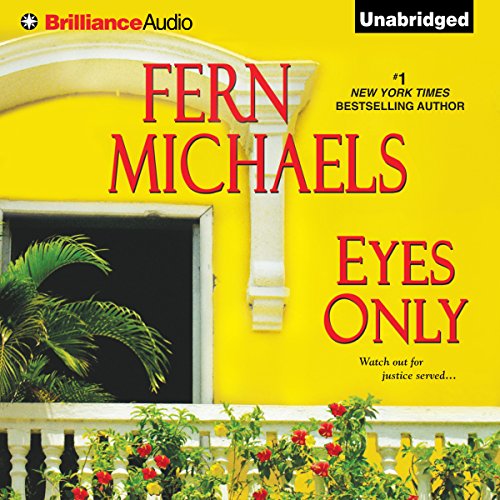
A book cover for Eyes Only; Fern Michaels; Literature & Fiction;